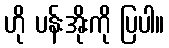
ဟို ပန်းအိုးကို ပြပါ။